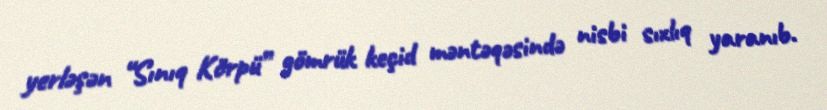
yerləşən “Sınıq Körpü” gömrük keçid məntəqəsində nisbi sıxlıq yaranıb.